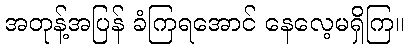
အတုန့်အပြန် ခံကြရအောင် နေလေ့မရှိကြ။